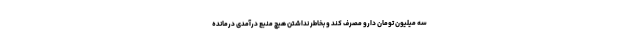
سه میلیون تومان دارو مصرف کند و بخاطر نداشتن هیچ منبع درآمدی درمانده